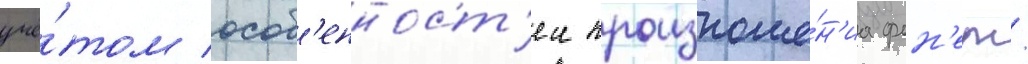
учё́том особ'енност'еи произноше́н'иа фон'ем/